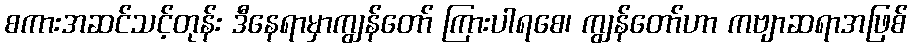
စကားအဆင်သင့်တုန်း ဒီနေရာမှာကျွန်တော် ကြားပါရစေ၊ ကျွန်တော်ဟာ ကဗျာဆရာအဖြစ်